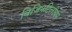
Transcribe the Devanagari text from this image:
विजिनटिलीयन